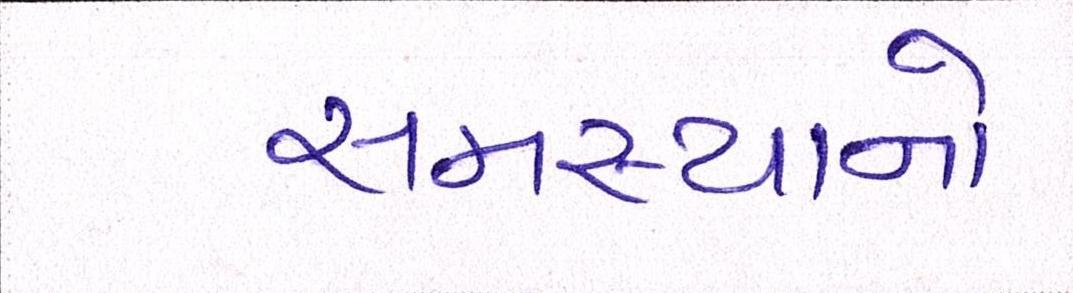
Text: સમસ્યાનો